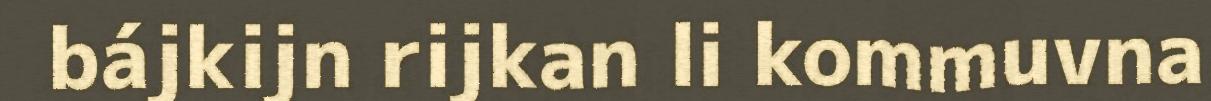
bájkijn rijkan li kommuvna